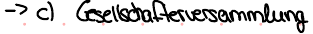
-> c) Gesellschaftversammlung